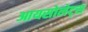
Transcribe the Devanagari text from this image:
आयसोलेट्स